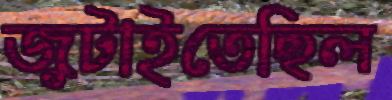
জুটাইতেছিল